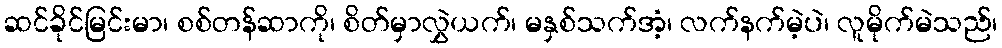
ဆင်ခိုင်မြင်းမာ၊ စစ်တန်ဆာကို၊ စိတ်မှာလွှဲယက်၊ မနှစ်သက်အံ့၊ လက်နက်မဲ့ပဲ၊ လူမိုက်မဲသည်၊